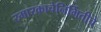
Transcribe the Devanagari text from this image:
स्मारकाचेनिर्मितीचे